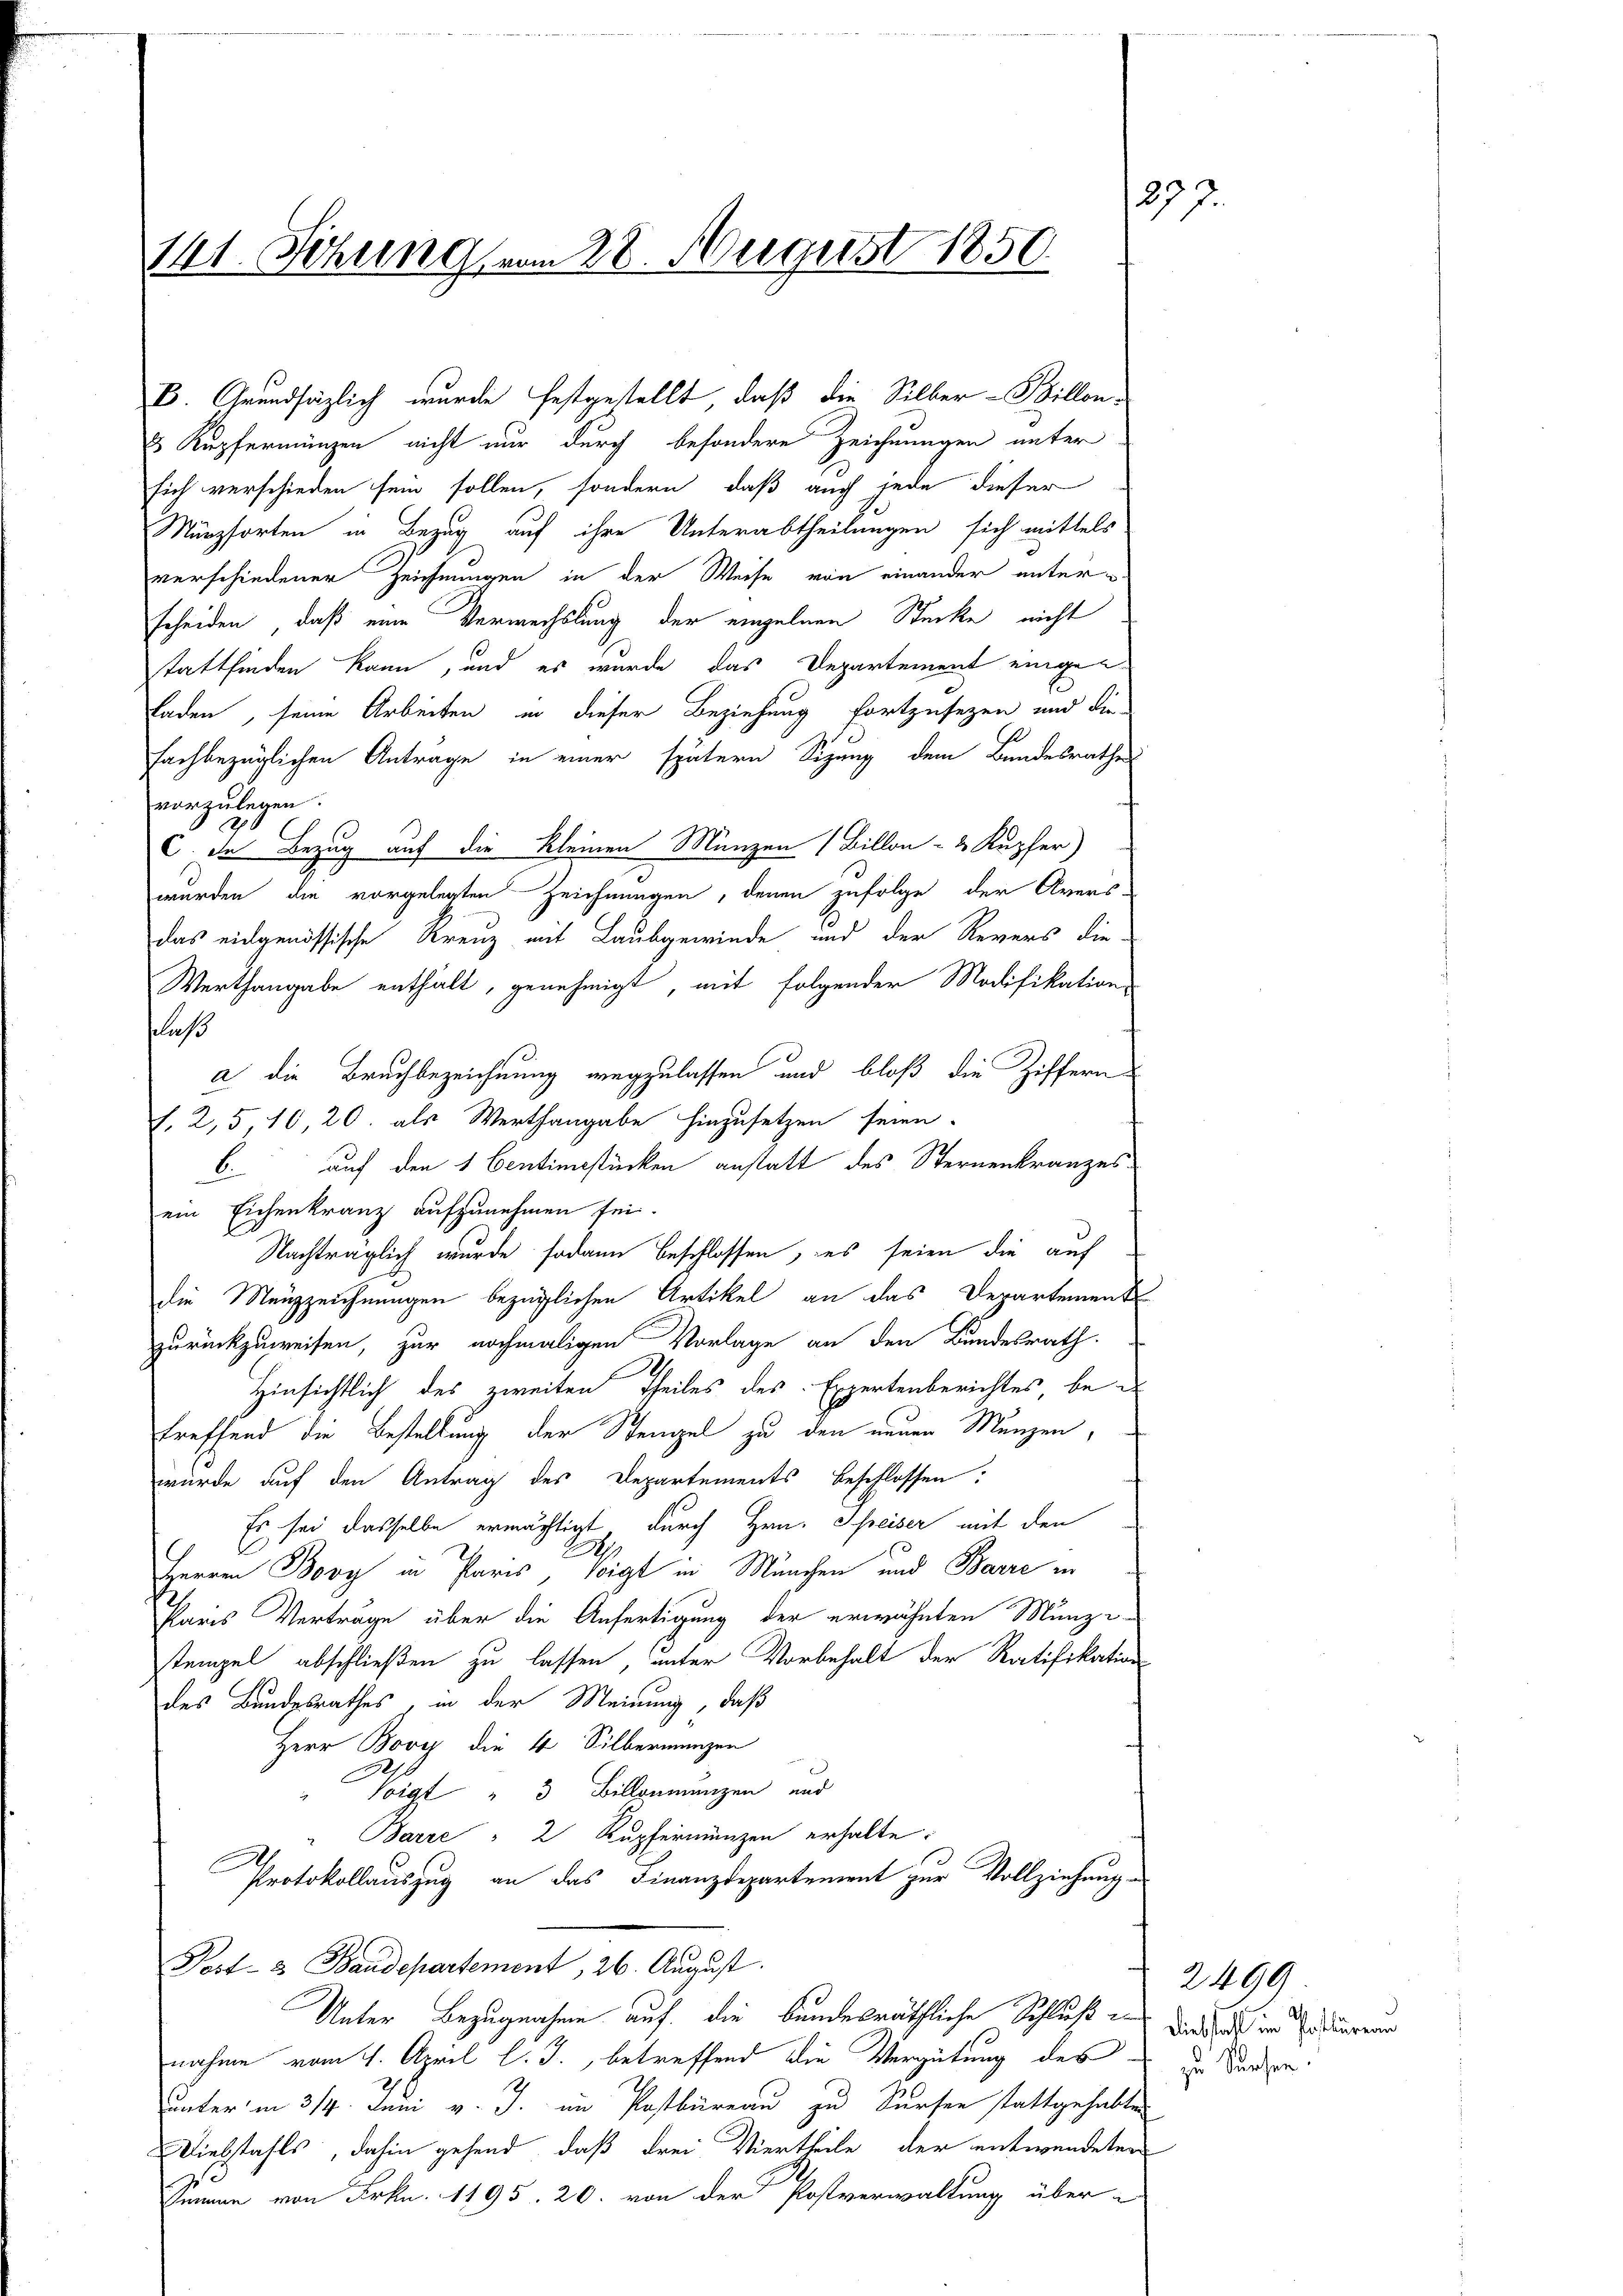
141. Sezung vom 28. August 1850

E Kupfermünzen nicht nur durch besondere Zeichnungen unter
sich verschieden sein sollen, sondern, daß auch jede dieser
Münzsorten in Bezug auf ihre Unterabtheilungen sich mittels
verschiedener Zeichnungen in der Weise von einander unter
scheiden, daß eine Verwechslung der einzelnen Stücke nicht
tattfinden kann, und es wurde das Departement eingen¬
Faden, seine Arbeiten in dieser Beziehung fortzusezen und die
fachbezüglichen Antrage in einer spätern Sizung dem Bundesrathe
vorzulegen.
10
C. de Bezug auf die kleinen Münzen (Billon- & Kupfer
werden die vorgelegten Zeichnungen, denen zufolge der Avers-
das eidgenössische Kreuz mit Laubgewinde und der Revers die
Werthangabe enthalt, genehmigt, mit folgender Modifikation
fluß
a die Bruchbezeichnung wegzulassen und bloß die Ziffern
J. 2,5,10, 20. als Werthangabe hinzusetzen seien.
b. auf den 1 Centienstücken anstatt des Sternenkranzesein Eichenkranz aufzunehmen sei.
Nachträglich wurde sodann beschlossen, es seien die auf
die Mauzzeichnungen bezüglichen Artikel an das Departement
zurückzuweisen, zur nochmaligen Vorlage an den Bundesrath
Hinsichtlich des zweiten Theiles des Expertenberichtes betreffend die Bestellung der Steigel zu den neuen Manzen,
wurde auf den Antrag des Departements beschlossen:
Es sei dasselbe ermächtigt, durch Hrn. Schreiser mit den
2
Herren Bory in Paris, Voigt in München und Barre in
Paris Verträge über die Anfertigung der erwähnten Munzi
stempel abschließen zu lassen, unter Vorbehalt der Ratifikation
des Bundesrathes, in der Meinung, daß
Herr Bovy die 4 Silbermangen
Voigt " 3 Billenmanzen und
Barre " 2 Kupfermünzen erhalte.
Protokollauszug an das Finanzdepartement zur Vollziehung
Post- & Baudepartement, 26. August.
Unter Bezugnahme auf die bundesräthliche Schluß ein
nahme vom 1. April l. J., betreffend die Vergütung des
unter in 3/4. Juni v. J. im Postbüreau zu Sursen stattgehabte
Diebstahls, dahin gehend, daß drei Viertheile der entwendeten
Summe von Frkn. 1195. 20. von der Postverwaltung über

B. Grundsätzlich wurde festgestellt, daß die Silber-Billon¬

233

2499
Diebstahl im Postlureau
zu Sursen.